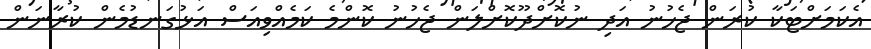
އެކަމަށްޓަކާ ކުރަން ޖެހުނު އަދި ނުކޮށްދޫކޮށްލަން ޖެހުނު ކޮންމެ ކަމެއްވިއަސް އަޅުގަނޑުމެން ކުރާނަން